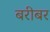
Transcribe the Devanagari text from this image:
बरीबर